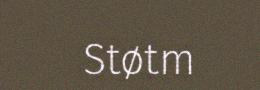
Støtm